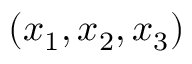
( x _ { 1 } , x _ { 2 } , x _ { 3 } )